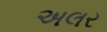
અલર